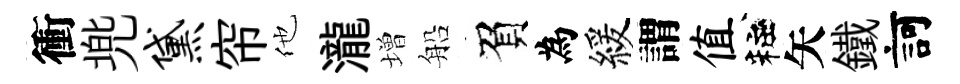
衝兠黛帘他瀧増船負為緩謂值粧矢鐵訶